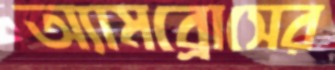
অ্যামব্রোসের